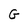
Character: G